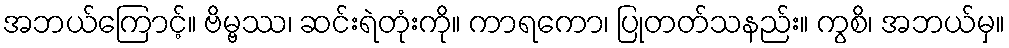
အဘယ်ကြောင့်။ ဗိမ္ဗဿ၊ ဆင်းရဲတုံးကို။ ကာရကော၊ ပြုတတ်သနည်း။ ကွစိ၊ အဘယ်မှ။